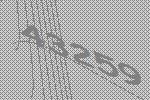
43259